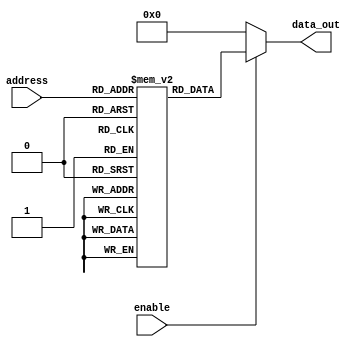
module parameterized_rom #(
    parameter ADDR_WIDTH = 4,  // Width of the address bus
    parameter DATA_WIDTH = 8    // Width of the data output
) (
    input  wire [ADDR_WIDTH-1:0] address,  // Address input
    input  wire enable,                     // Enable signal
    output reg  [DATA_WIDTH-1:0] data_out   // Data output
);

    // Internal memory declaration
    reg [DATA_WIDTH-1:0] rom [(2**ADDR_WIDTH)-1:0];

    // Initialize the ROM with predefined values
    initial begin
        // Example initialization values (can be modified as needed)
        rom[0]  = 8'h00;
        rom[1]  = 8'h01;
        rom[2]  = 8'h02;
        rom[3]  = 8'h03;
        rom[4]  = 8'h04;
        rom[5]  = 8'h05;
        rom[6]  = 8'h06;
        rom[7]  = 8'h07;
        // Add more initialization values as needed...
        // Ensure that the number of values matches 2^ADDR_WIDTH.
    end

    // Combinational logic for output based on address and enable
    always @(*) begin
        if (enable) begin
            data_out = rom[address];  // Output the data at the specified address
        end else begin
            data_out = {DATA_WIDTH{1'b0}}; // Output zero when not enabled
        end
    end

endmodule